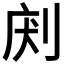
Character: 𠜢